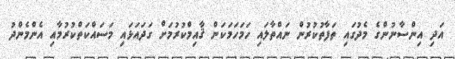
އަދި އިންސާނުންގެ މެދުގައި ތަފާތުކުރުން ނައްތާލައި ހަމަހަމަކަން ޤާއިމްކުރުމަށް ގަދައަޅައި މަސައްކަތްކުރުމާއި އެންމެންދު